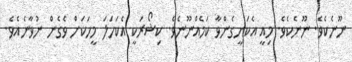
ނޫނެކެވެ. ނޫނެކެވެ. މިއީ އެކަށީގެންވާ ކަމެއްނޫނެވެ. ކިޝޯރަކީ އެކަހަލަ މީހަކަށް ވެގެން ނުވާނެއެވެ.